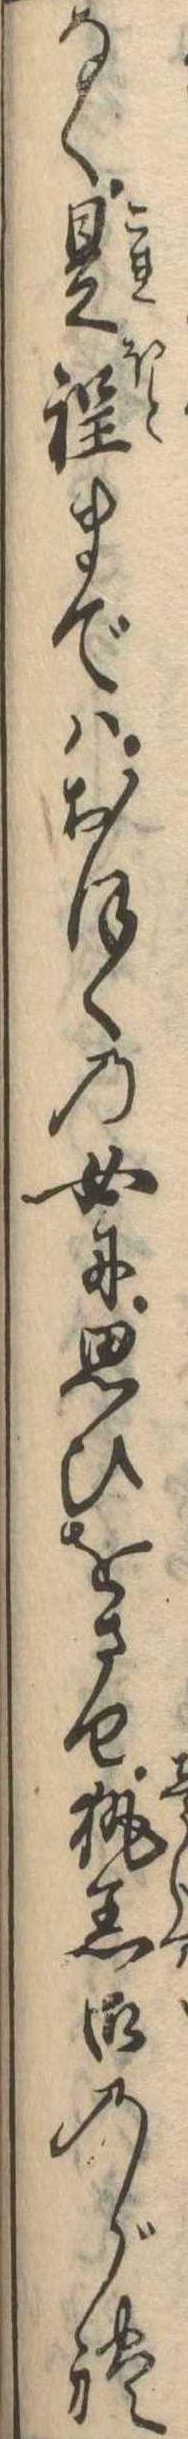
なく是程まではおほくの女に思ひをさせ執着御のがれ